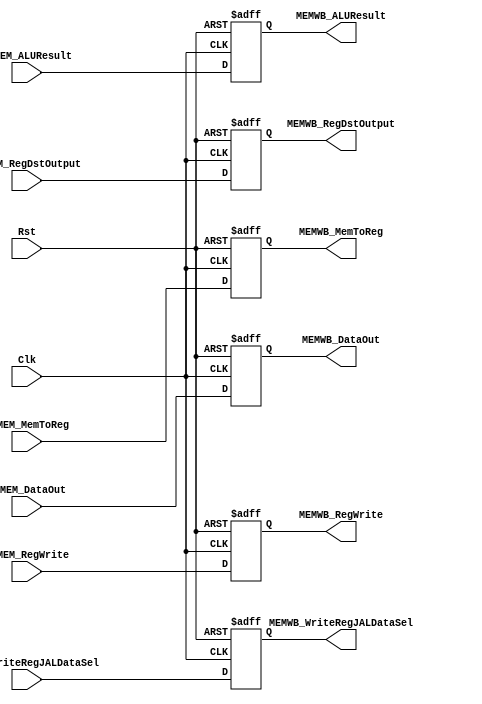
`timescale 1ns / 1ps
//////////////////////////////////////////////////////////////////////////////////
// Company: 
// Engineer: 
// 
// Design Name: 
// Module Name: MEMWBReg
// Project Name: 
// Target Devices: 
// Tool Versions: 
// Description: 
// 
// Dependencies: 
// 
// Revision:
// Revision 0.01 - File Created
// Additional Comments:
// 
//////////////////////////////////////////////////////////////////////////////////

//WB --> all control inputs used in WB stage

module MEMWBReg(Clk, Rst, EXMEM_WriteRegJALDataSel, EXMEM_MemToReg, EXMEM_RegWrite,
    MEMWB_WriteRegJALDataSel, MEMWB_MemToReg, MEMWB_RegWrite, EXMEM_RegDstOutput,
    EXMEM_DataOut, EXMEM_ALUResult, MEMWB_RegDstOutput, MEMWB_DataOut, MEMWB_ALUResult);
    
    input EXMEM_WriteRegJALDataSel, EXMEM_MemToReg, EXMEM_RegWrite;
    
    output reg MEMWB_WriteRegJALDataSel, MEMWB_MemToReg, MEMWB_RegWrite;
    
    input Clk, Rst;
    input [4:0] EXMEM_RegDstOutput;
    input [31:0] EXMEM_DataOut;
    input [31:0] EXMEM_ALUResult;
    
    output reg [4:0] MEMWB_RegDstOutput;
    output reg [31:0] MEMWB_DataOut;
    output reg [31:0] MEMWB_ALUResult;
    
    initial begin
        MEMWB_WriteRegJALDataSel = 0;
        MEMWB_MemToReg = 0;
        MEMWB_RegWrite = 0;
        MEMWB_RegDstOutput = 0;
        MEMWB_DataOut = 0;
        MEMWB_ALUResult = 0;
    end
    
    always @(posedge Clk, posedge Rst) begin
        if(Rst == 1'b1) begin
            MEMWB_WriteRegJALDataSel = 0;
            MEMWB_MemToReg = 0;
            MEMWB_RegWrite = 0;
            MEMWB_RegDstOutput = 0;
            MEMWB_DataOut = 0;
            MEMWB_ALUResult = 0;
        end
        else begin
            MEMWB_WriteRegJALDataSel = EXMEM_WriteRegJALDataSel;
            MEMWB_MemToReg = EXMEM_MemToReg;
            MEMWB_RegWrite = EXMEM_RegWrite;
            MEMWB_RegDstOutput = EXMEM_RegDstOutput;
            MEMWB_DataOut = EXMEM_DataOut;
            MEMWB_ALUResult = EXMEM_ALUResult;
        end
    end
endmodule